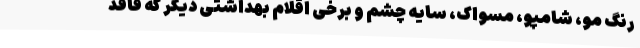
رنگ مو، شامپو، مسواک، سایه چشم و برخی اقلام بهداشتی دیگر که فاقد